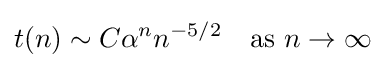
t(n)\sim C\alpha ^{n}n^{-5/2}\quad {\text{as }}n\to \infty